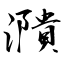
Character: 濻